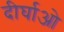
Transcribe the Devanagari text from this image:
दीर्घाओ